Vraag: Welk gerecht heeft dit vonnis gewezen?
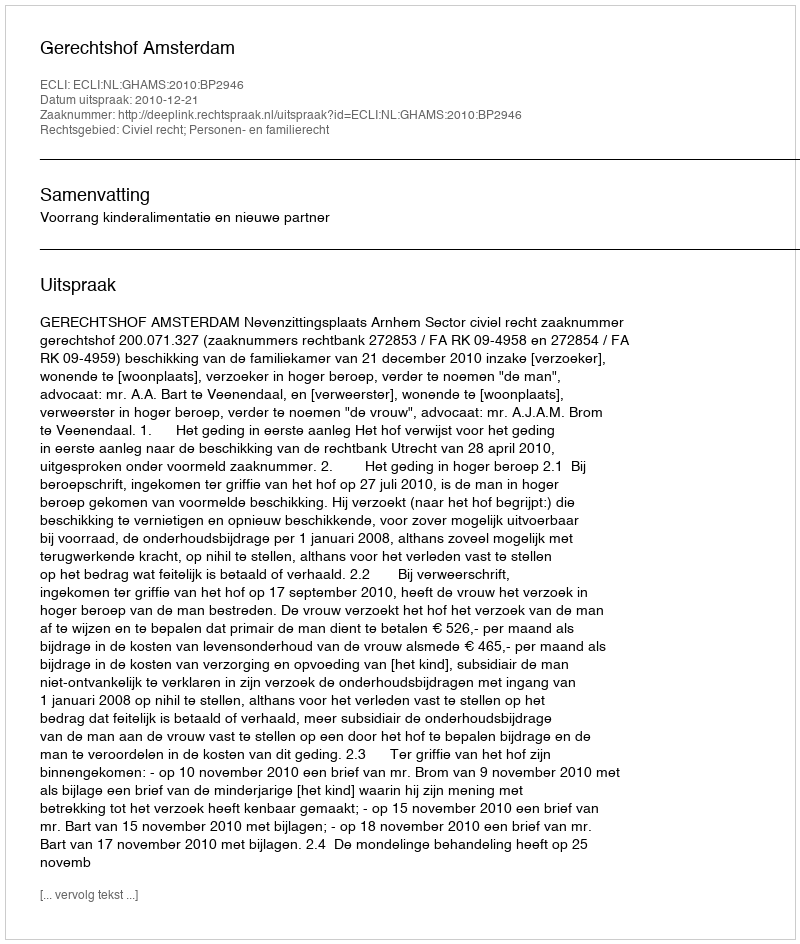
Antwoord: Gerechtshof Amsterdam